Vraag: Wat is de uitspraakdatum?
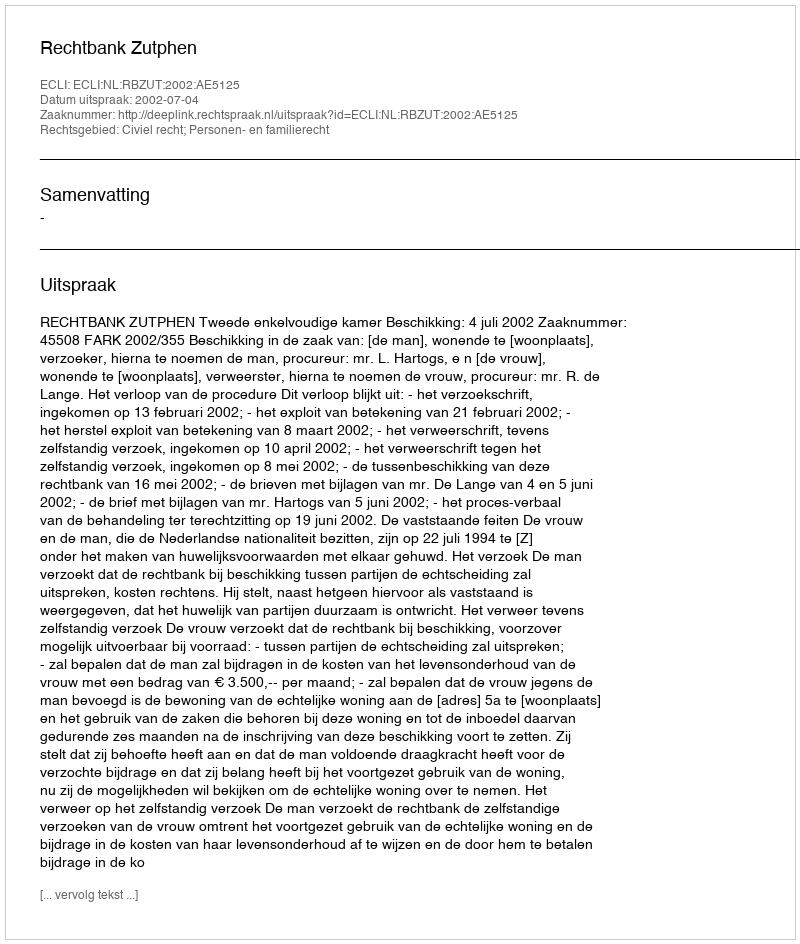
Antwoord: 2002-07-04